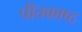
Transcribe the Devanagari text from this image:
पीतकाष्ठ